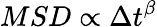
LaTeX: MSD\propto\Delta t^{\beta}